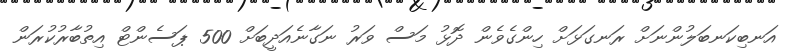
އަނބިކަނބަލުންނަށް ރަނގަޅަށް ހިންގެވެން ދޮޅު މަސް ވަރު ނަގާނެއަދީބަށް 500 ޕަސެންޓް އިތުބާރުކުރަން